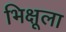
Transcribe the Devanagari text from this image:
भिक्षूला